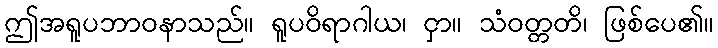
ဤအရူပဘာဝနာသည်။ ရူပဝိရာဂါယ၊ ငှာ။ သံဝတ္တတိ၊ ဖြစ်ပေ၏။